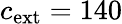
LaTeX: c_{\mathrm{ext}}=140